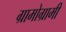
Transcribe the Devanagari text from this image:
ग्रामोग्रामी